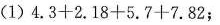
(1) $$4 . 3 + 2 . 1 8 + 5 . 7 + 7. 8 2$$;